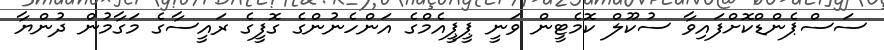
ސަސްޕެންޑްކޮށްފައިވާ ސުކޫލް ކޮމެޓީން ވަނީ ޕީޕީއެމްގެ އަންހެނުންގެ ގޮފީގެ ރައީސާގެ މަގާމުން ދުންޔާ